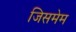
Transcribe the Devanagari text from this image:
जिसमेम